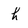
Character: h